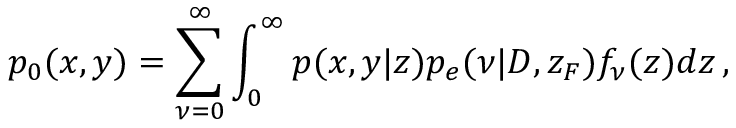
p _ { 0 } ( x , y ) = \sum _ { \nu = 0 } ^ { \infty } \int _ { 0 } ^ { \infty } p ( x , y | z ) p _ { e } ( \nu | D , z _ { F } ) f _ { \nu } ( z ) d z \, ,